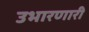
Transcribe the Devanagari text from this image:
उभारणारी